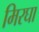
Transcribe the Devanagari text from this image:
मिरघा